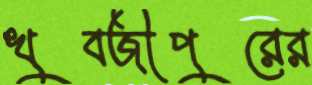
খুবজীপুরের